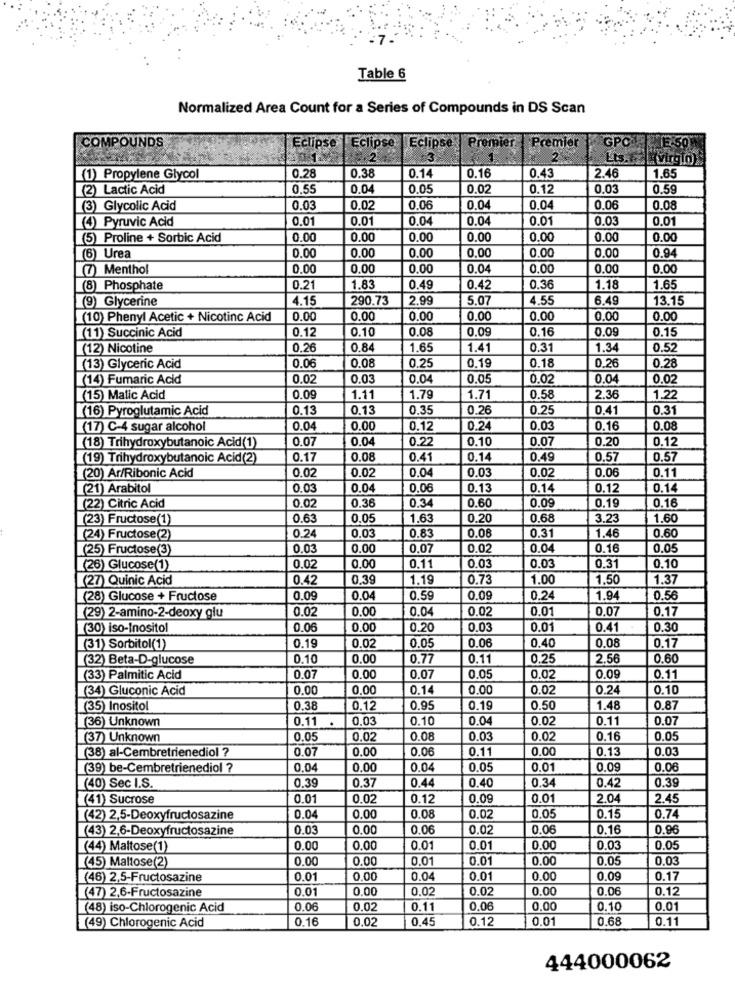
Table 6
Normalized Area Count for a Series of Compounds in DS Scan
COMPOUNDS
Premier
GPC
Eclipse
Eclipse | Eclipse
Premier
.2
3
1
2
Virg10)
0.14
0.16
1.65
(1) Propylene Glycol
0.28
0.38
0.43
2.46
(2) Lactic Acid
0.55
0.04
0.05
0.02
0.12
0.03
0.59
(3) Glycolic Acid
0.03
0.02
0.0€
0.04
0.04
0.06
0.08
(4) Pyruvic Acid
0.01
0.01
0.0
0.04
0.01
0.03
0.01
(5) Proline + Sorbic Acid
0.00
0.00
0.00
0.00
0.00
0.00
0.00
0.00
0.00
(6) Urea
0.00
0.00
0,00
0.00
0.94
(7) Menthol
0.00
0.00
0.00
0.04
0.00
0.00
0.00
8) Phosphate
0.21
1.83
0.49
0.42
0.36
1.18
1.65
(9) Glycerine
4.15
290.73
2.99
5.07
4.55
6.49
13.15
(10) Phenyl Acetic + Nicotinc Acid
0.00
0.00
0.00
0.00
0.00
0.00
0.00
(11) Succinic Acid
0.12
0.10
0.08
0.09
0.16
0.09
0.15
(12) Nicotine
0.26
0.84
1.65
1.41
0.31
1.34
0.52
0.19
(13) Glyceric Acid
0.06
0.08
0.25
0.18
0.26
0.28
(14) Fumaric Acid
0.02
0.03
0.04
0.05
0.02
0.04
0.02
(15) Matic Acid
0.09
1.11
1.79
1.71
0.58
2.36
1.27
(16) Pyroglutamic Acid
0.13
0.13
0.35
0.26
0.25
0.41
0.31
(17) C-4 sugar alcohol
0.04
0.00
0.12
0.24
0.03
0.16
0.08
0.07
0.04
0.22
0.10
0.07
0.20
0.12
(18) Trihydroxybutanoic Acid(1)
(19) Trihydroxybutanoic Acid(2)
0.17
0.08
0.4
0.14
0.49
0.57
0.57
(20) Ar/Ribonic Acid
0.02
0.02
0.0
0.03
0.02
0.06
0.11
(21) Arabitol
0.03
0.04
0.0
0.13
0.14
0.12
0.14
0.02
0.16
(22) Citric Acid
0.36
0.34
0.60
0.09
0.19
(23) Fructose(1)
0.63
0.05
1.63
0.20
0.68
3.23
1.60
(24) Fructose(2)
0.24
0.0
0.83
0.08
0.31
1.46
0.60
(25) Fructose(3)
0.03
0.00
0.0
0.02
0.04
0.16
0.05
(26) Glucose(1)
0.02
0.00
0.11
0.03
0.03
0.31
0.10
(27) Quinic Acid
0.42
0.39
1.19
0.73
1.00
1,50
1.37
(28) Glucose + Fructose
0.09
0.0
0.59
0.09
0.24
1.94
0.56
0.02
0.00
0.04
0.02
0.01
0.07
0.17
(29) 2-amino-2-deoxy glu
(30) iso-Inositol
0.06
0.00
0.20
0.03
0.01
0.41
0.30
0.02
0.06
(31) Sorbitol(1)
0.19
0.05
0.40
0.08
0.17
(32) Beta-D-glucose
0.10
0.00
0.77
0.11
0.25
2.56
0.60
(33) Palmitic Acid
0.07
O
0.00
0.07
0.05
0.02
0.09
0.11
(34) Gluconic Acid
0.00
0,00
0.14
0.00
0.02
0.24
0.10
(35) Inositol
0.38
0,12
0.95
0.19
0.50
1.48
0.8
(36) Unknown
0.11
0.03
0.10
0.04
0.02
0.11
0.07
(37) Unknown
0.0
0.02
0.08
0.03
0.02
0.16
0.0
(38) al-Cembretrienediol ?
0.07
0.00
0.06
0.11
0.00
0.13
0.03
(39) be-Cembretrienediol ?
0.0
0.00
0.04
0.05
0.01
0.0
0.0
0.37
0.44
0.40
0.3
0.42
0.39
(40) Sec I.S.
0.3
(41) Sucrose
0.0
0.02
0.12
0.09
0.01
2.0
2.45
(42) 2,5-Deoxyfructosazine
0.0
0.00
0.08
0.02
0.05
0.1
0.74
(43) 2,6-Deoxyfructosazine
0.03
0.00
0.06
0.0
0.06
0.16
0.96
(44) Maltose(1)
0.00
0.00
0.01
0.01
0.00
0.03
0.05
(45) Maltose(2)
0.0
0.00
0.01
0.01
0.00
0.05
0.03
(46) 2,5-Fructosazine
0.01
0.00
0.04
0.01
0.00
0.09
0.17
(47) 2,6-Fructosazine
0.01
0.00
0.02
0.02
0.00
0.06
0.12
(48) iso-Chlorogenic Acid
0.06
0.02
0.11
0.0
0.00
0.10
0.01
0.02
0.45
0.12
0.01
0.68
0.11
(49) Chlorogenic Acid
0.16
444000062